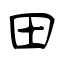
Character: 田